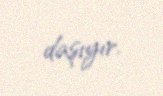
daşıyır.